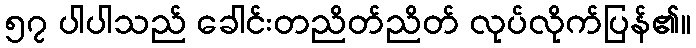
၅၇ ပါပါသည် ခေါင်းတညိတ်ညိတ် လုပ်လိုက်ပြန်၏။